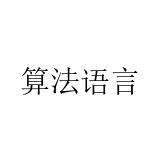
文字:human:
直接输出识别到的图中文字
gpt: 算法语言